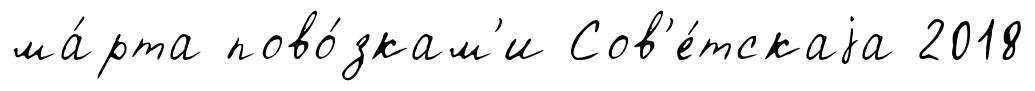
ма́рта пово́зкам'и Сов'е́тскаjа 2018